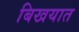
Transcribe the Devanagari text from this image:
बिखयात